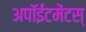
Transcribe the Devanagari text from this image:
अपॉईंटमेंटस्